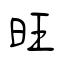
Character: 旺